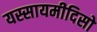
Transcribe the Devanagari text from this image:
यस्सायमीदिसो